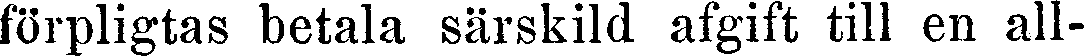
förpligtas betala särskild afgift till en all-